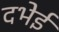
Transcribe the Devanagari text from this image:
दभेई